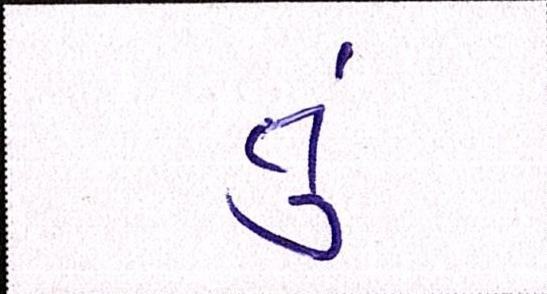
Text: તું